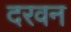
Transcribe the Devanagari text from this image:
दरवन